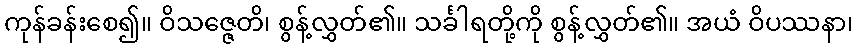
ကုန်ခန်းစေ၍။ ဝိသဇ္ဇေတိ၊ စွန့်လွှတ်၏။ သင်္ခါရတို့ကို စွန့်လွှတ်၏။ အယံ ဝိပဿနာ၊